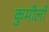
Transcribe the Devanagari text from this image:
कुमीली